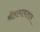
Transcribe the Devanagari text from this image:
श्रीरामावतार